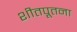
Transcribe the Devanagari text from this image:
शीतपूतना